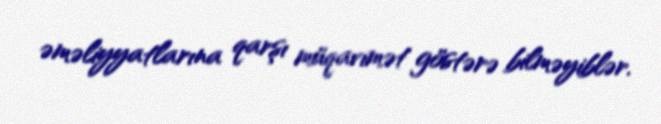
əməliyyatlarına qarşı müqavimət göstərə bilməyiblər.